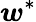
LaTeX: \boldsymbol{w}^{*}